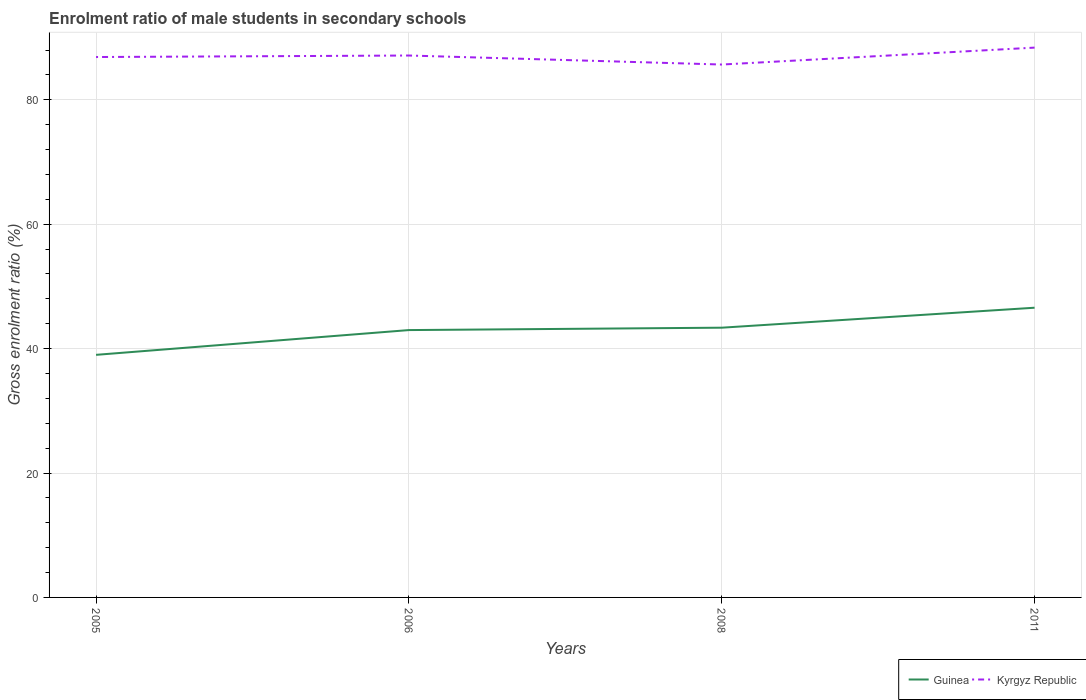
| Years | Guinea | Kyrgyz Republic |
 | --- | --- | --- |
 | 2005 | 39 | 86.9 |
 | 2006 | 43 | 87.1 |
 | 2008 | 43.4 | 85.7 |
 | 2011 | 46.6 | 88.4 |